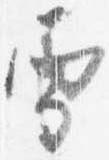
雪